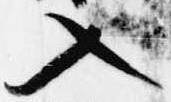
入